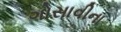
ગોસાવીના